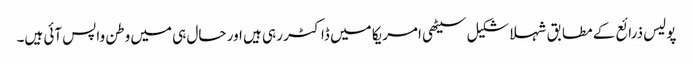
پولیس ذرائع کے مطابق شہلا شکیل سیٹھی امریکا میں ڈاکٹر رہی ہیں اور حال ہی میں وطن واپس آئی ہیں۔